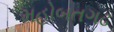
મહોબતગઢ